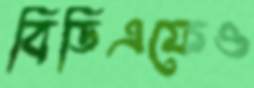
বিডিএফেও